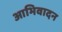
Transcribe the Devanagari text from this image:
आभिवादन